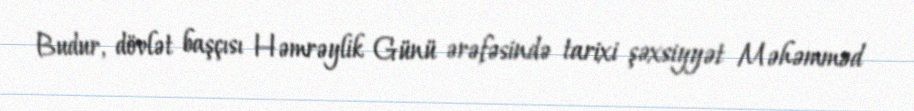
Budur, dövlət başçısı Həmrəylik Günü ərəfəsində tarixi şəxsiyyət Məhəmməd